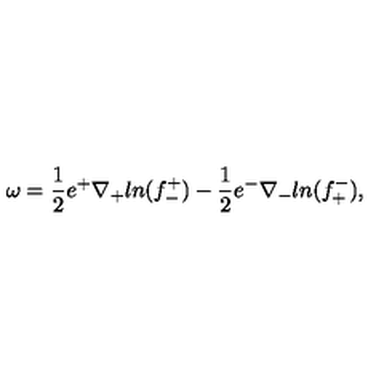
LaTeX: \omega = { \frac { 1 } { 2 } } e ^ { + } \nabla _ { + } l n ( f _ { - } ^ { + } ) - { \frac { 1 } { 2 } } e ^ { - } \nabla _ { - } l n ( f _ { + } ^ { - } ) ,